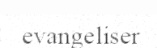
evangeliser